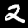
Digit: 2